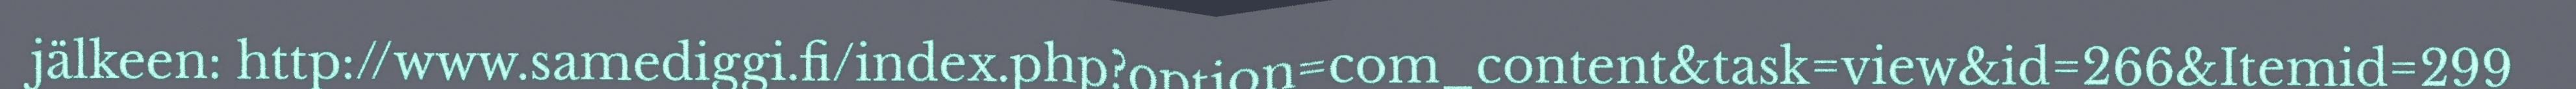
jälkeen: http://www.samediggi.fi/index.php?option=com_content&task=view&id=266&Itemid=299